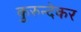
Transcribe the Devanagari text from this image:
कुरुन्देकर